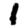
Digit: 1